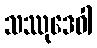
သဿုဒေဝါ